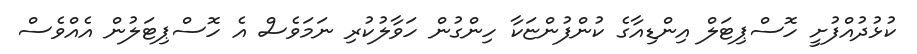
ކުޅުދުއްފުށީ ހޮސްޕިޓަލް އިންޑިއާގެ ކުންފުންޏަކާ ހިންގުން ހަވާލުކުރި ނަމަވެސް އެ ހޮސްޕިޓަލުން އެއްވެސް